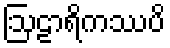
ဩဠာရိကဿပိ